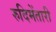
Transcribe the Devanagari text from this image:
रुदिमेंतारी